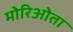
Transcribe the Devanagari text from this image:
मोरिओता